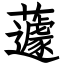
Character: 蘧